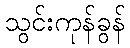
သွင်းကုန်ခွန်